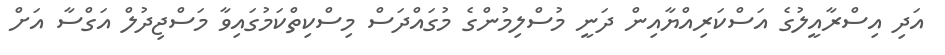
އަދި އިސްރާއީލުގެ އަސްކަރިއްޔާއިން ދަނީ މުސްލިމުންގެ މުގައްދަސް މިސްކިތްކަމުގައިވާ މަސްޖިދުލް އަގްސާ އަށް